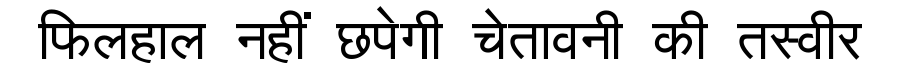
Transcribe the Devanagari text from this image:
फिलहाल नहीं छपेगी चेतावनी की तस्वीर